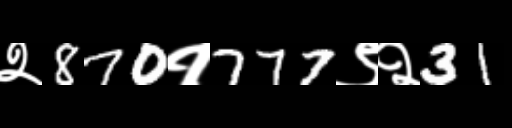
Text: २870१777९२31